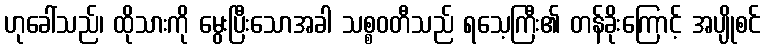
ဟုခေါ်သည်၊ ထိုသားကို မွေးပြီးသောအခါ သစ္စဝတီသည် ရသေ့ကြီး၏ တန်ခိုးကြောင့် အပျိုစင်